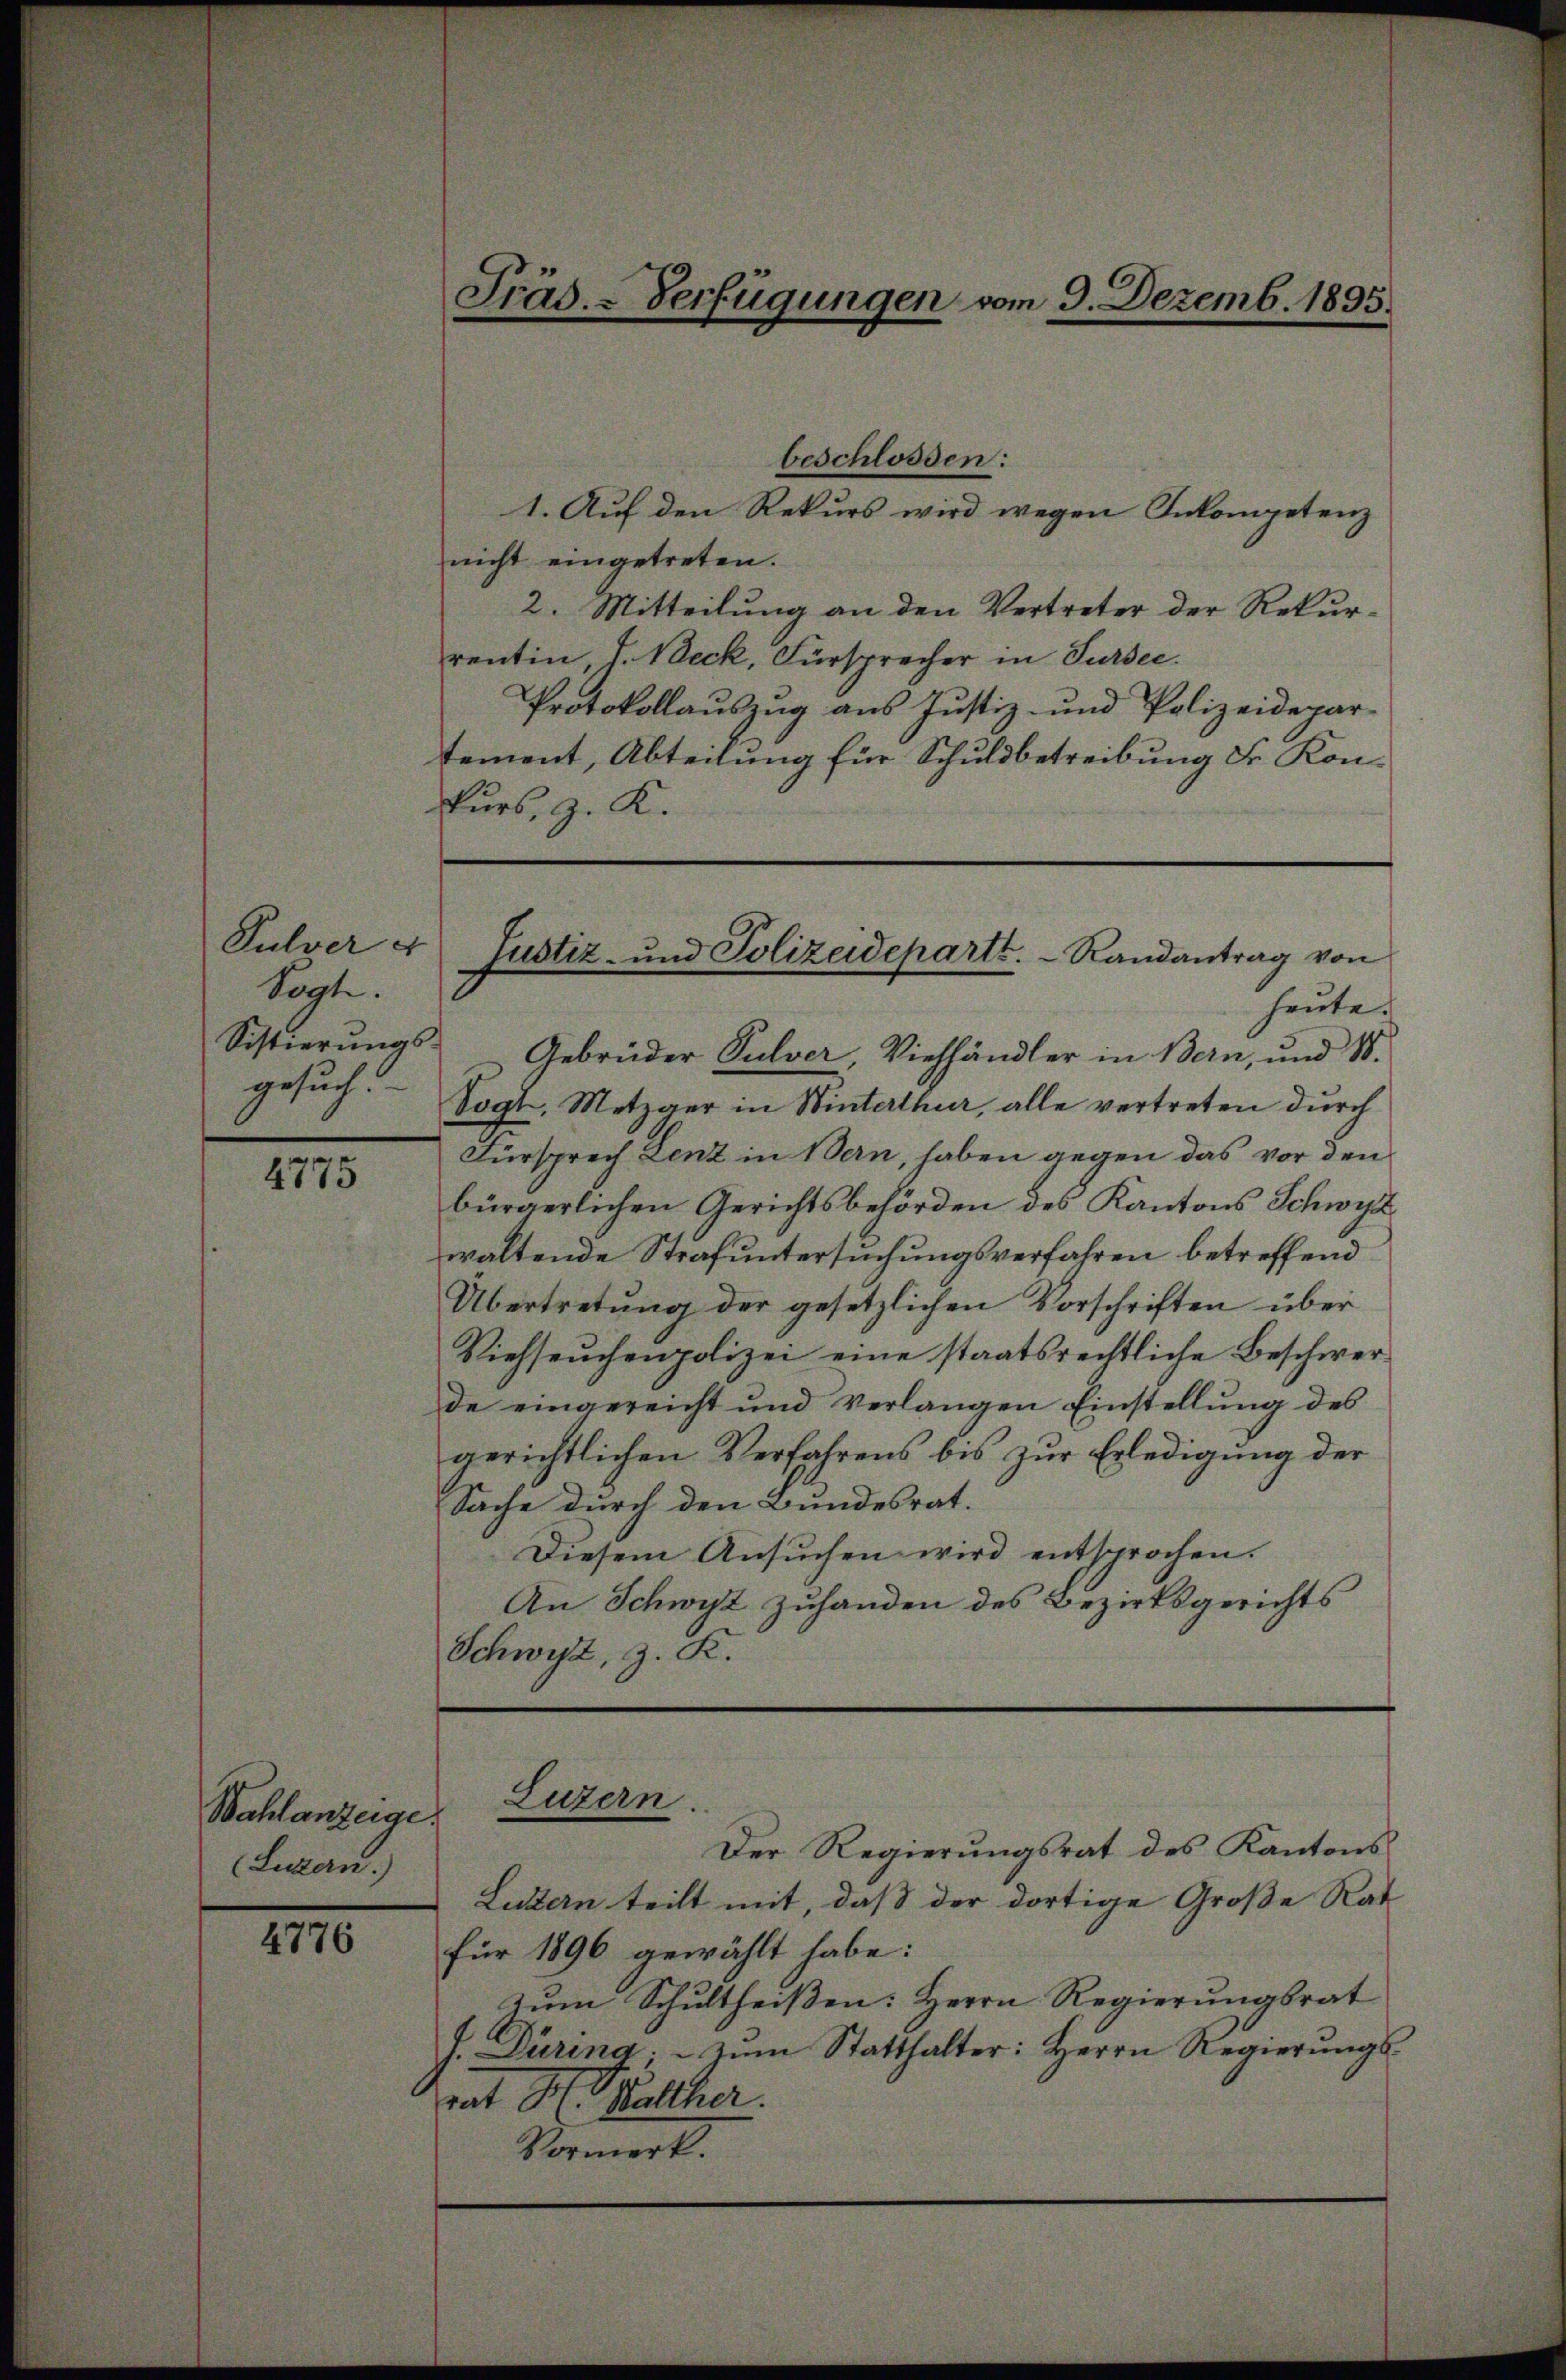
Sagte.
gesuch.

4775

Wahlanzeige
Luzern.

4776

beschlossen:
1. Auf den Rekurs wird wegen Inkompetenz
nicht eingetreten.
2. Mitteilung an den Vertreter der Rekurrentin V. Beck, Fürsprecher in Sursee.
Protokollauszug aus Justiz- und Polizeidepartement, Abteilung für Schuldbetreibung Sr. Konkurs, z. K.

Fräs. - Verfügungen vom 9. Dezemb. 1895.

Sistierŭngs- Gebrüder Pulver, Viehhändler in Bern, und 18.
Vogt, Metzger in Winterthur, alle vertreten durch
Fürsprech Lenz in Bern, haben gegen das vor den
bürgerlichen Gerichtsbehörden des Kantons Schwyz
waltende Strafuntersuchungsverfahren betreffend
Übertretung der gesetzlichen Vorschriften über
Viehseuchenpolizei eine staatsrechtliche Beschwer-
de eingereicht und verlangen Einstellung des
gerichtlichen Verfahrens bis zur Erledigung der
Sache durch den Bundesrat.
Diesem Ansuchen wird entsprochen.
An Schwyz zuhanden des Bezirksgerichts
Schwyz, z. K.

Pulver u Justiz- und Polizeidepartt.  Randantrag von
heute.

Luzern.

Der Regierungsrat des Kantons¬
Luzern teilt mit, daß der dortige Große Rat
für 1896 gewählt habe:
Zum Schultheißen: Herrn Regierungsrat
J. Düring, zŭm Statthalter: Herrn Regierŭngs-
rat H. Balther.
Vormerk.